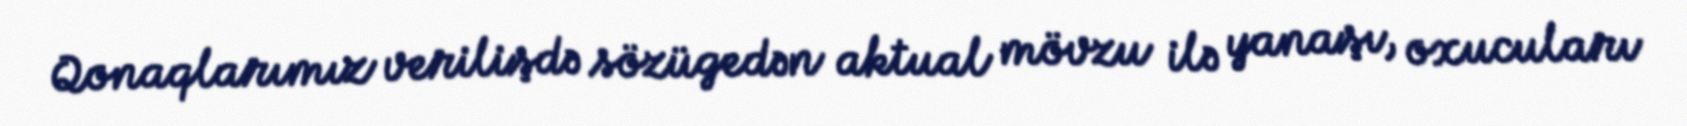
Qonaqlarımız verilişdə sözügedən aktual mövzu ilə yanaşı, oxucuları